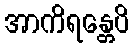
အာကိရန္တေပိ